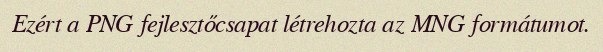
Ezért a PNG fejlesztőcsapat létrehozta az MNG formátumot.